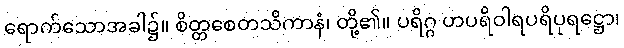
ရောက်သောအခါ၌။ စိတ္တစေတသိကာနံ၊ တို့၏။ ပရိဂ္ဂ ဟပရိဝါရပရိပုရဋ္ဌော၊